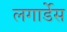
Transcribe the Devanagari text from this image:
लगार्डेस